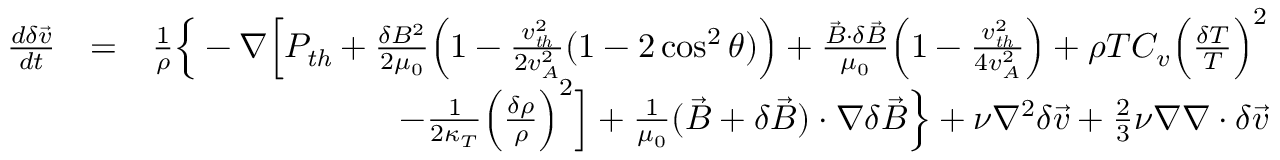
\begin{array} { r l r } { \frac { d \delta \vec { v } } { d t } } & { = } & { \frac { 1 } { \rho } \Big \{ - \nabla \Big [ P _ { \mathit { t h } } + \frac { \delta B ^ { 2 } } { 2 \mu _ { 0 } } \Big ( 1 - \frac { v _ { \mathit { t h } } ^ { 2 } } { 2 v _ { A } ^ { 2 } } ( 1 - 2 \cos ^ { 2 } \theta ) \Big ) + \frac { \vec { B } \cdot \delta \vec { B } } { \mu _ { 0 } } \Big ( 1 - \frac { v _ { \mathit { t h } } ^ { 2 } } { 4 v _ { A } ^ { 2 } } \Big ) + \rho T C _ { v } \Big ( \frac { \delta T } { T } \Big ) ^ { 2 } } \\ & { } & { - \frac { 1 } { 2 \kappa _ { T } } \Big ( \frac { \delta \rho } { \rho } \Big ) ^ { 2 } \Big ] + \frac { 1 } { \mu _ { 0 } } ( \vec { B } + \delta \vec { B } ) \cdot \nabla \delta \vec { B } \Big \} + \nu \nabla ^ { 2 } \delta \vec { v } + { \textstyle \frac { 2 } { 3 } } \nu \nabla \nabla \cdot \delta \vec { v } } \end{array}